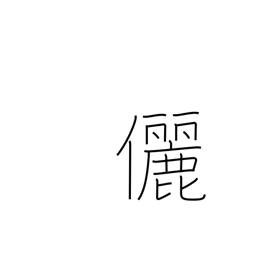
Meaning: companion